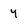
Character: y